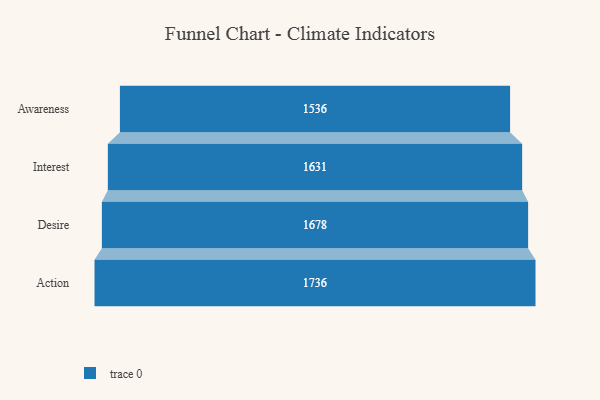
{"axis": {"x": "Stage", "y": "Value"}, "legend": [""], "data": [{"x": "Awareness", "y": 1536.0, "type": ""}, {"x": "Interest", "y": 1631.0, "type": ""}, {"x": "Desire", "y": 1678.0, "type": ""}, {"x": "Action", "y": 1736.0, "type": ""}]}